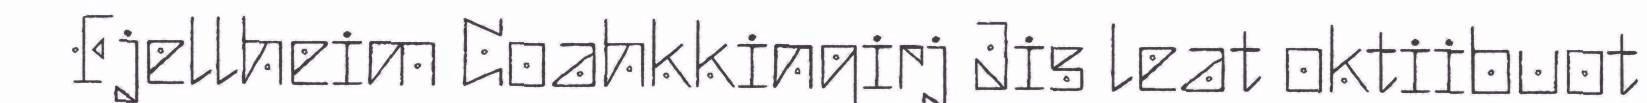
Fjellheim Coahkkingirj Jis leat oktiibuot